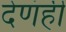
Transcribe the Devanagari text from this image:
देणंही